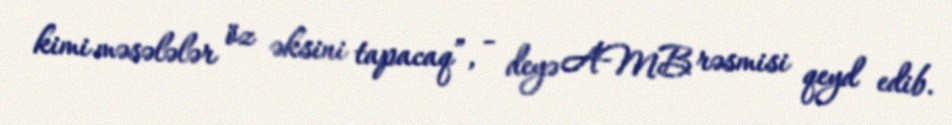
kimi məsələlər öz əksini tapacaq”, - deyə AMB rəsmisi qeyd edib.